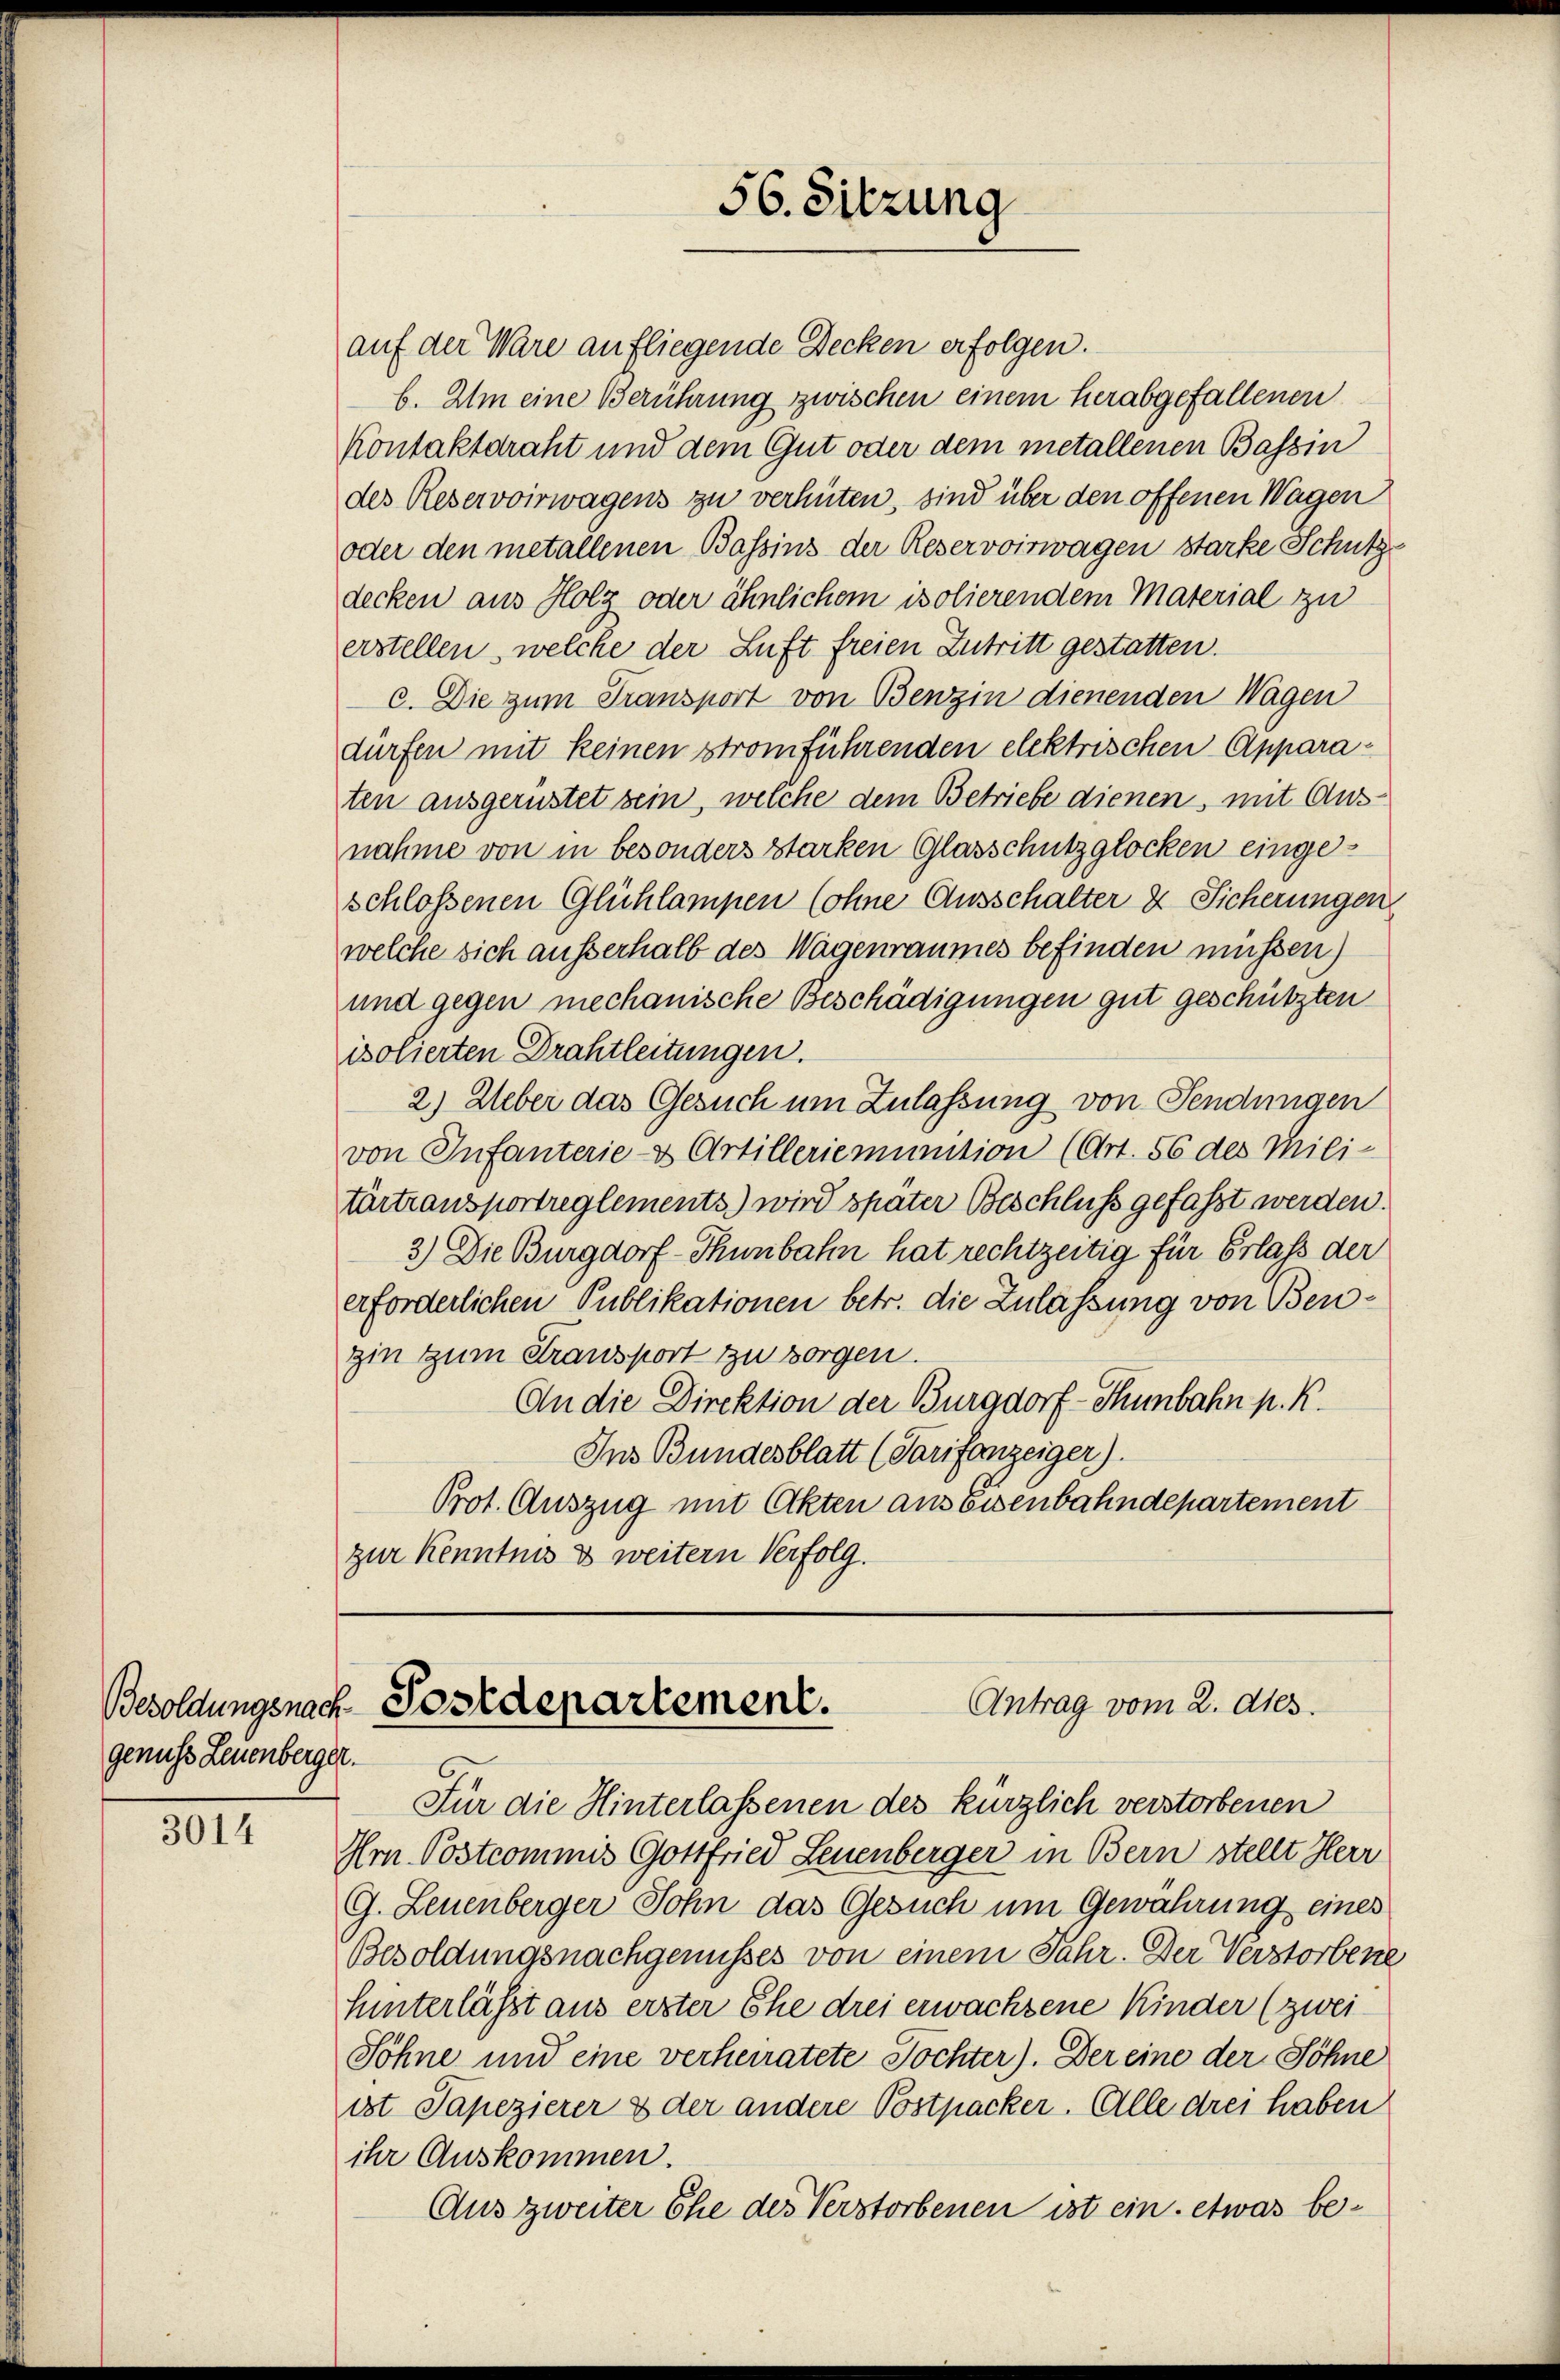
genuss Leuenberger.

3014

56. Sitzung

auf der Ware anfliegende Decken erfolgen.
b. Am eine Berührung zwischen einem herabgefallenen
Kontaktaraht und dem Gut oder dem metallenen Bassin
des Reservoirwagens zu verhüten, sind über den offenen Wagen
oder den metallenen Bassins der Reservoirwagen starke Schutz-
decken aus Holz oder ähnlichem isolierendem Material zu
erstellen, welche der Luft freien Zutritt gestatten.
c. Die zum Transport von Benzin dienenden Wagen
dürfen mit keinen Stromführenden elektrischen Apparaten ausgerüstet sein, welche dem Betriebe dienen, mit Ausnahme von in besonders starken Glasschutzglocken eingeschlossenen Glühlampen (ohne Ausschalter & Sicherungen
welche sich ausserhalb des Wagenraumes befinden müssen)
und gegen mechanische Beschädigungen gut geschützten
isolierten Drahtleitungen.
2.) Ueber das Gesuch um Zulassung von Sendungen
von Infanterie- & Artilleriemunition (Art. 56 des Mili-
tärtransportreglements) wird später Beschluss gefaßt werden.
3.) Die Burgdorf-Thunbahn hat rechtzeitig für Erlass der
erforderlichen Publikationen betr. die Zulassung von Bengin zum Transport zu sorgen.
An die Direktion der Burgdorf - Thunbahn p. R.
Ins Bundesblatt (Tarifanzeiger).
Prot. Auszug mit Akten aus Eisenbahndepartement
zur Kenntnis & weitern Verfolg.

Antrag vom 2. des
Besoldungsnach Postdepartement.

Für die Hinterlassenen des kürzlich verstorbenen
Hrn. Postcommis Gottfried Leuenberger in Bern stellt Herr
G. Leuenberger Sohn das Gesuch um Gewährung eines
Besoldungsnachgenusses von einem Jahr. Der Verstorbene
Hinterlässt aus erster Ehe drei erwachsene Kinder (zwei
Söhne und eine verheiratete Tochter). Der eine der Söhne
ist Papezierer & der andere Postpacker. Alle drei haben
ihr Auskommen.
Aus zweiter Ehe des Verstorbenen ist ein, etwas be¬